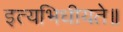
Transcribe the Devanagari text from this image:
इत्यभिधीयते॥